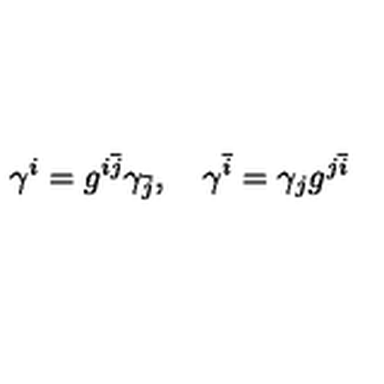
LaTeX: \gamma ^ { i } = g ^ { i \bar { j } } \gamma _ { \bar { j } } , \quad \gamma ^ { \bar { i } } = \gamma _ { j } g ^ { j \bar { i } }